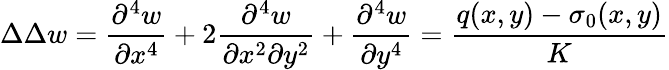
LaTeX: \Delta\Delta w=\frac{\partial^{4}w}{\partial x^{4}}+2\frac{\partial^{4}w}{\partial x^{2}\partial y^{2}}+\frac{\partial^{4}w}{\partial y^{4}}=\frac{q(x,y)-\sigma_{0}(x,y)}{K}